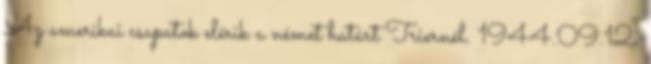
Az amerikai csapatok elérik a német határt Triernél. 1944.09.12.